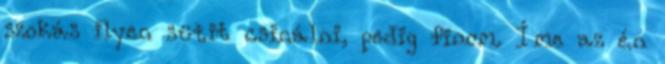
szokás ilyen sütit csinálni, pedig finom. Íme az én